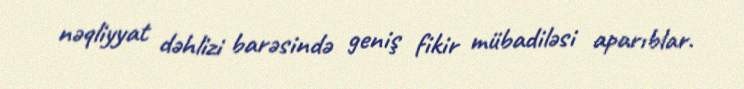
nəqliyyat dəhlizi barəsində geniş fikir mübadiləsi aparıblar.